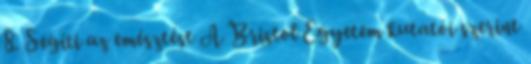
8. Segíti az emésztést A Bristol Egyetem kutatói szerint